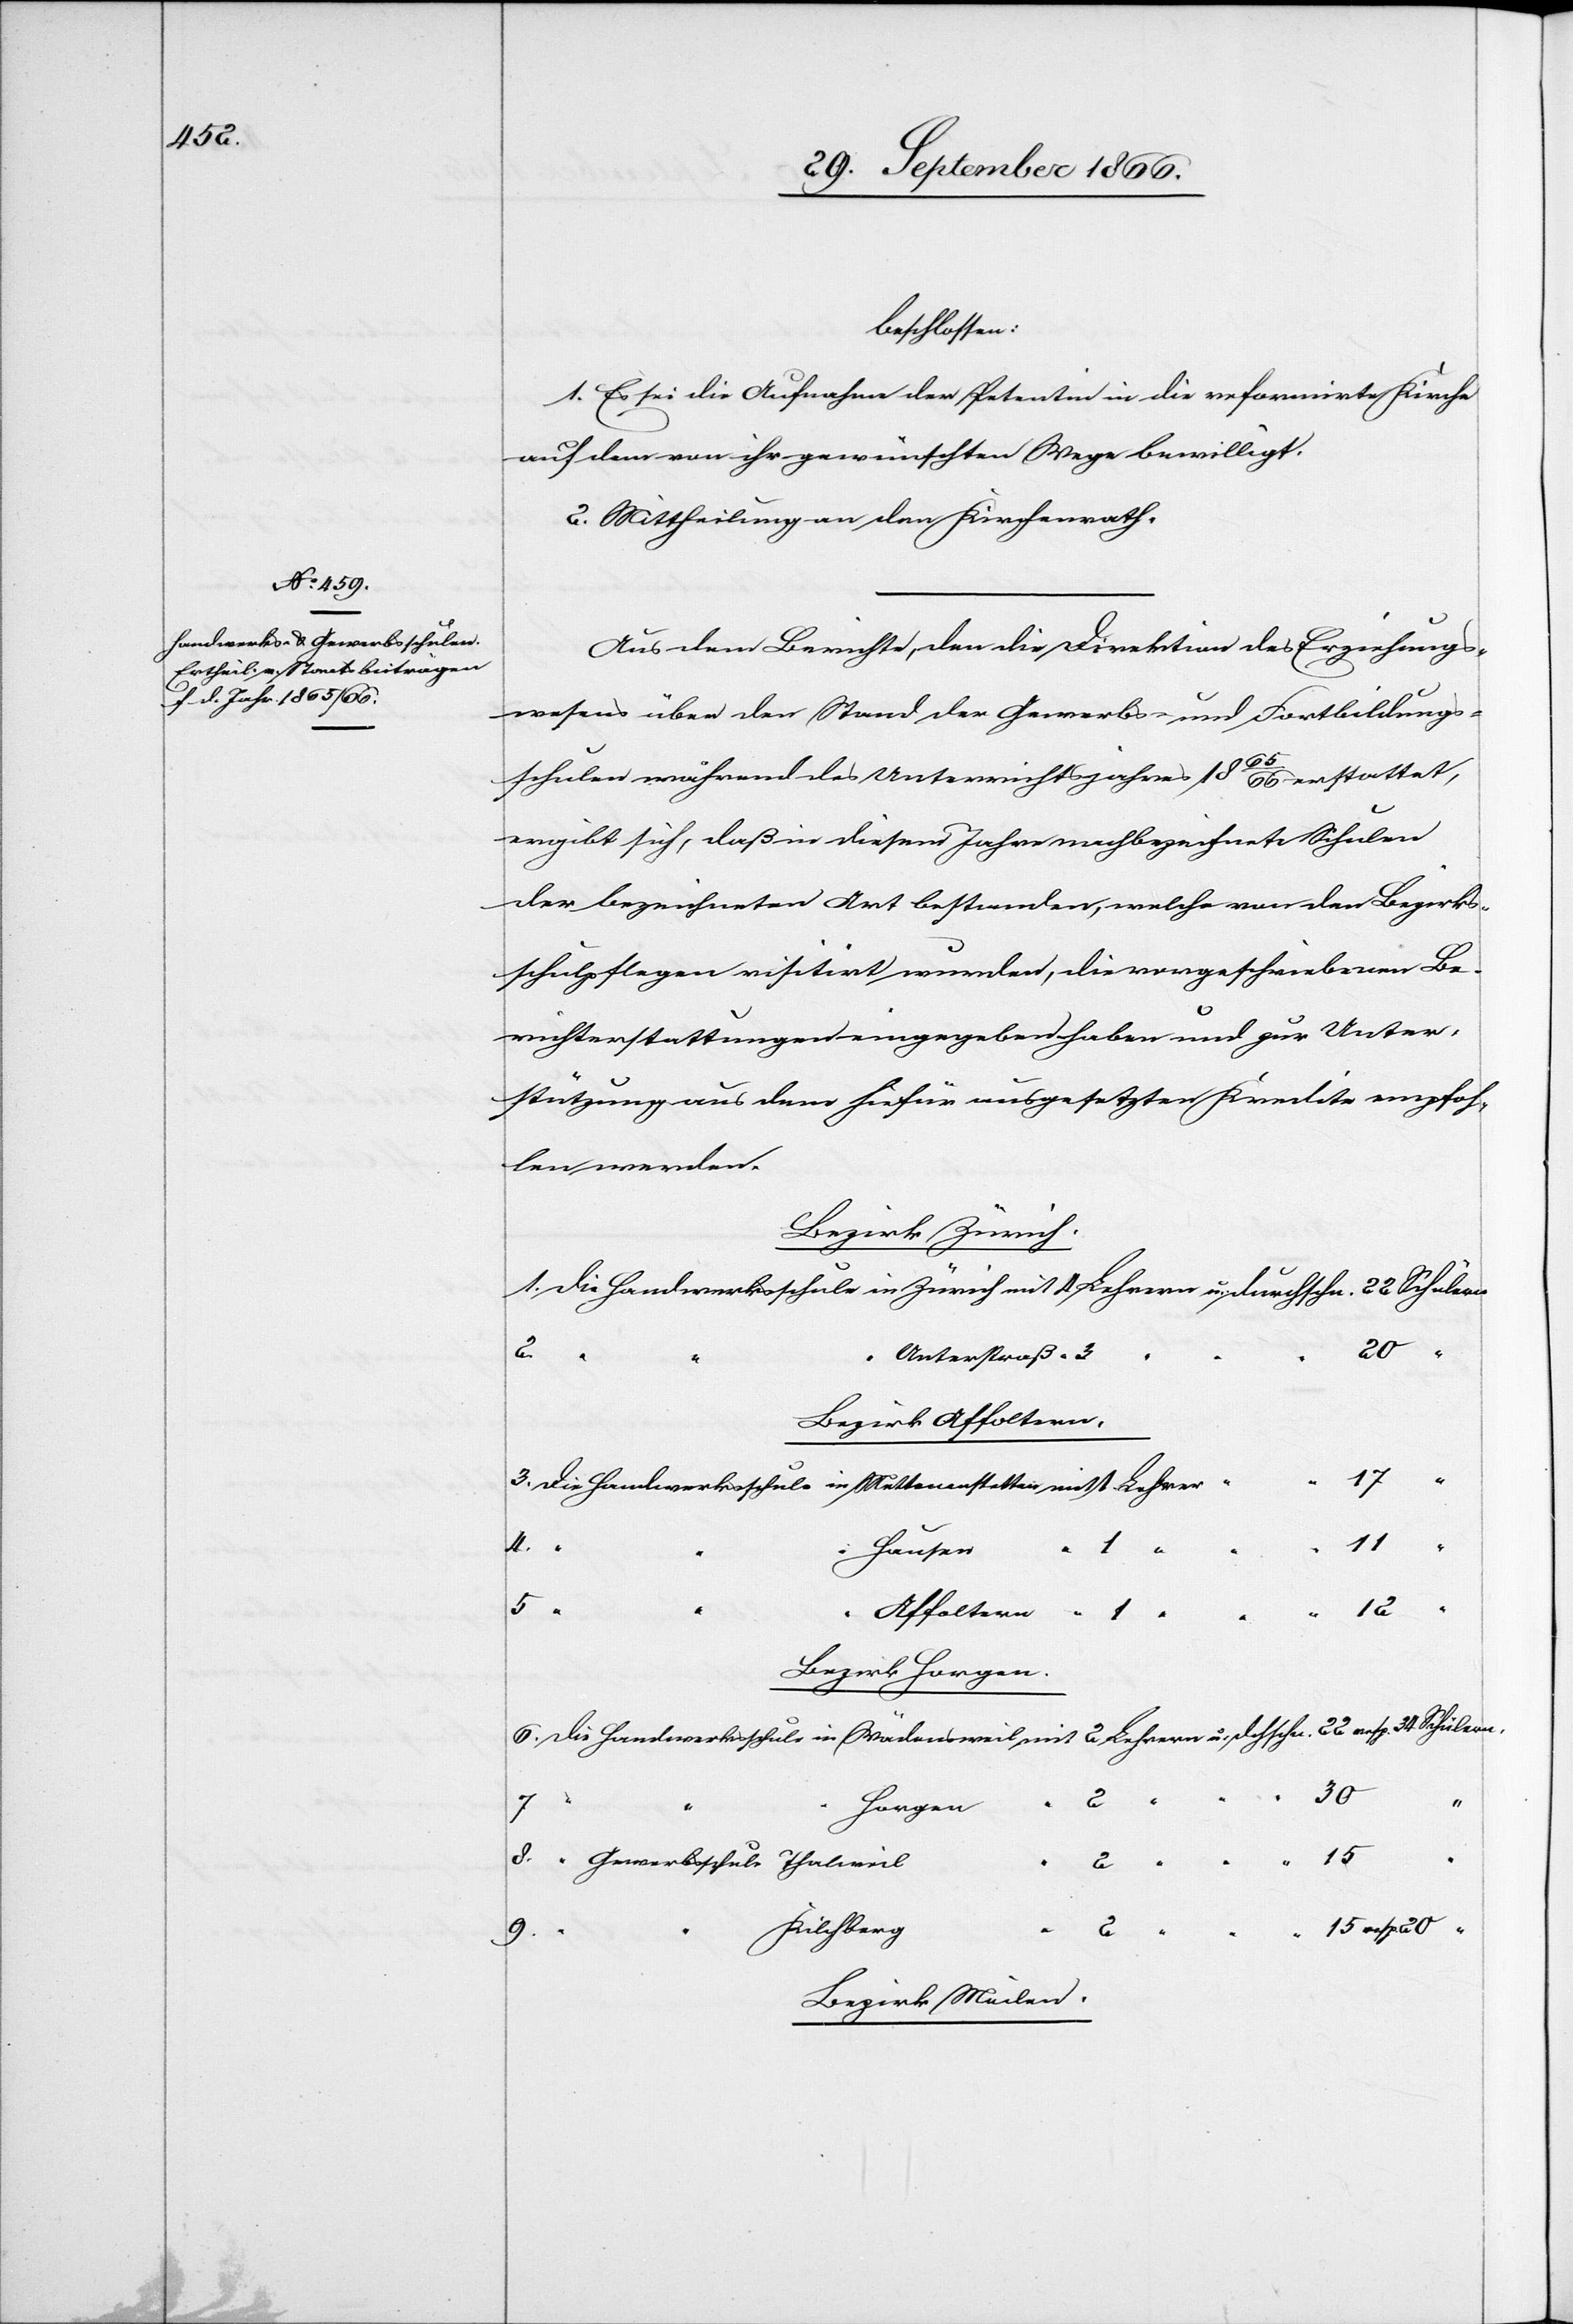
beschlossen:
1. Es sei die Aufnahme der Petentin in die reformirte Kirch
auf dem von ihr gewünschten Wege bewilligt.
2. Mittheilung an den Kirchenrath.
Aus dem Berichte, den die Direktion des Erziehungs¬
wesens über den Stand der Gewerbs- und Fortbildungs¬
schulen während des Unterrichtsjahres 1865/66 erstattet,
ergibt sich, daß in diesem Jahre nachbezeichnete Schulen
der bezeichneten Art bestanden, welche von den Bezirks¬
schulpflegen visitirt wurden, die vorgeschriebenen Be¬
6.
richterstattungen eingegeben haben und zur Unter¬
stützung aus dem hiefür ausgesetzten Kredite empfoh¬
len werden.
Bezirk Zürich.
20
“
8.
Unterstraß
Die
Bezirk Affoltern.
in
11
4.
15
Hausen
Affoltern
Bezirk Horgen.
resp.
2
Horgen
2
Kilchberg
2
9.
Bezirk Meilen